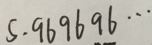
5 . 9 6 9 6 9 6 \cdots